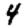
Digit: 4